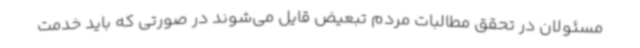
مسئولان در تحقق مطالبات مردم تبعیض قایل می‌شوند در صورتی که باید خدمت